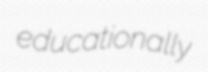
educationally